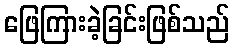
ဖြေကြားခဲ့ခြင်းဖြစ်သည်